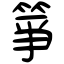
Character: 箏